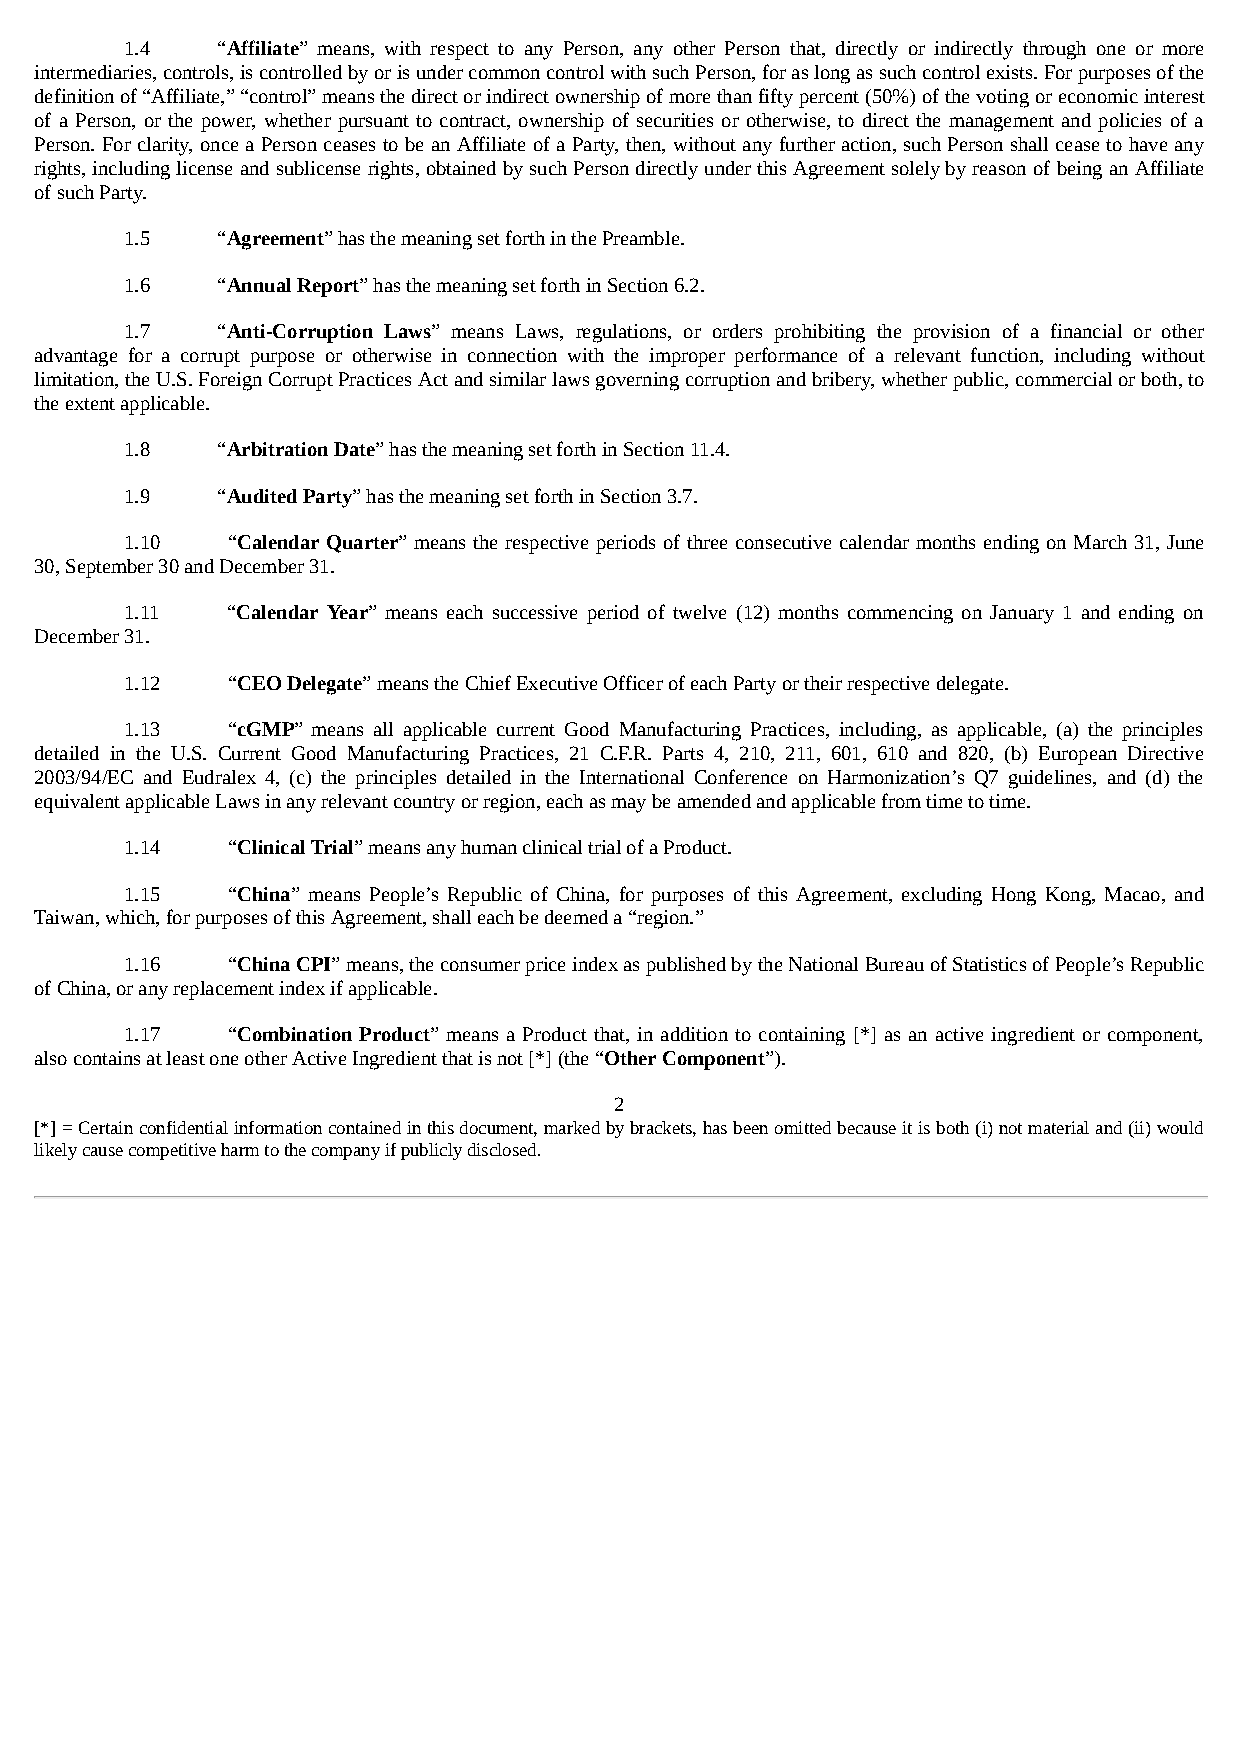
1.4   “Affiliate” means, with respect to any Person, any other Person that, directly or indirectly through one or more
 intermediaries, controls, is controlled by or is under common control with such Person, for as long as such control exists. For purposes of the
 definition of “Affiliate,” “control” means the direct or indirect ownership of more than fifty percent (50%) of the voting or economic interest
 of a Person, or the power, whether pursuant to contract, ownership of securities or otherwise, to direct the management and policies of a
 Person. For clarity, once a Person ceases to be an Affiliate of a Party, then, without any further action, such Person shall cease to have any
 rights, including license and sublicense rights, obtained by such Person directly under this Agreement solely by reason of being an Affiliate
 of such Party.
 1.5   “Agreement” has the meaning set forth in the Preamble.
 1.6   “Annual Report” has the meaning set forth in Section 6.2.
 1.7   “Anti-Corruption Laws” means Laws, regulations, or orders prohibiting the provision of a financial or other
 advantage for a corrupt purpose or otherwise in connection with the improper performance of a relevant function, including without
 limitation, the U.S. Foreign Corrupt Practices Act and similar laws governing corruption and bribery, whether public, commercial or both, to
 the extent applicable.
 1.8   “Arbitration Date” has the meaning set forth in Section 11.4.
 1.9   “Audited Party” has the meaning set forth in Section 3.7.
 1.10   “Calendar Quarter” means the respective periods of three consecutive calendar months ending on March 31, June
 30, September 30 and December 31.
 1.11   “Calendar Year” means each successive period of twelve (12) months commencing on January 1 and ending on
 December 31.
 1.12   “CEO Delegate” means the Chief Executive Officer of each Party or their respective delegate.
 1.13   “cGMP” means all applicable current Good Manufacturing Practices, including, as applicable, (a) the principles
 detailed in the U.S. Current Good Manufacturing Practices, 21 C.F.R. Parts 4, 210, 211, 601, 610 and 820, (b) European Directive
 2003/94/EC and Eudralex 4, (c) the principles detailed in the International Conference on Harmonization’s Q7 guidelines, and (d) the
 equivalent applicable Laws in any relevant country or region, each as may be amended and applicable from time to time.
 1.14   “Clinical Trial” means any human clinical trial of a Product.
 1.15   “China” means People’s Republic of China, for purposes of this Agreement, excluding Hong Kong, Macao, and
 Taiwan, which, for purposes of this Agreement, shall each be deemed a “region.”
 1.16   “China CPI” means, the consumer price index as published by the National Bureau of Statistics of People’s Republic
 of China, or any replacement index if applicable.
 1.17   “Combination Product” means a Product that, in addition to containing [*] as an active ingredient or component,
 also contains at least one other Active Ingredient that is not [*] (the “Other Component”).
 2
 [*] = Certain confidential information contained in this document, marked by brackets, has been omitted because it is both (i) not material and (ii) would
 likely cause competitive harm to the company if publicly disclosed.